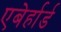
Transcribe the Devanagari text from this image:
एबेर्हार्ड